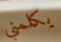
يكلمني